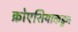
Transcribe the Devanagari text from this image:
क्रोएशियाकडून